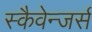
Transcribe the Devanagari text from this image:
स्कैवेन्जर्स